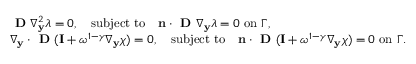
\begin{array} { r l } & { \textbf { D } \nabla _ { \mathbf y } ^ { 2 } \lambda = 0 , \quad \mathrm { s u b j e c t ~ t o } \quad \mathbf n \cdot \textbf { D } \nabla _ { \mathbf y } \lambda = 0 \mathrm { ~ o n ~ } \Gamma , } \\ & { \nabla _ { \mathbf y } \cdot \textbf { D } ( \mathbf I + \omega ^ { 1 - \gamma } \nabla _ { \mathbf y } \boldsymbol { \chi } ) = 0 , \quad \mathrm { s u b j e c t ~ t o } \quad \mathbf n \cdot \textbf { D } ( \mathbf I + \omega ^ { 1 - \gamma } \nabla _ { \mathbf y } \boldsymbol { \chi } ) = 0 \mathrm { ~ o n ~ } \Gamma . } \end{array}